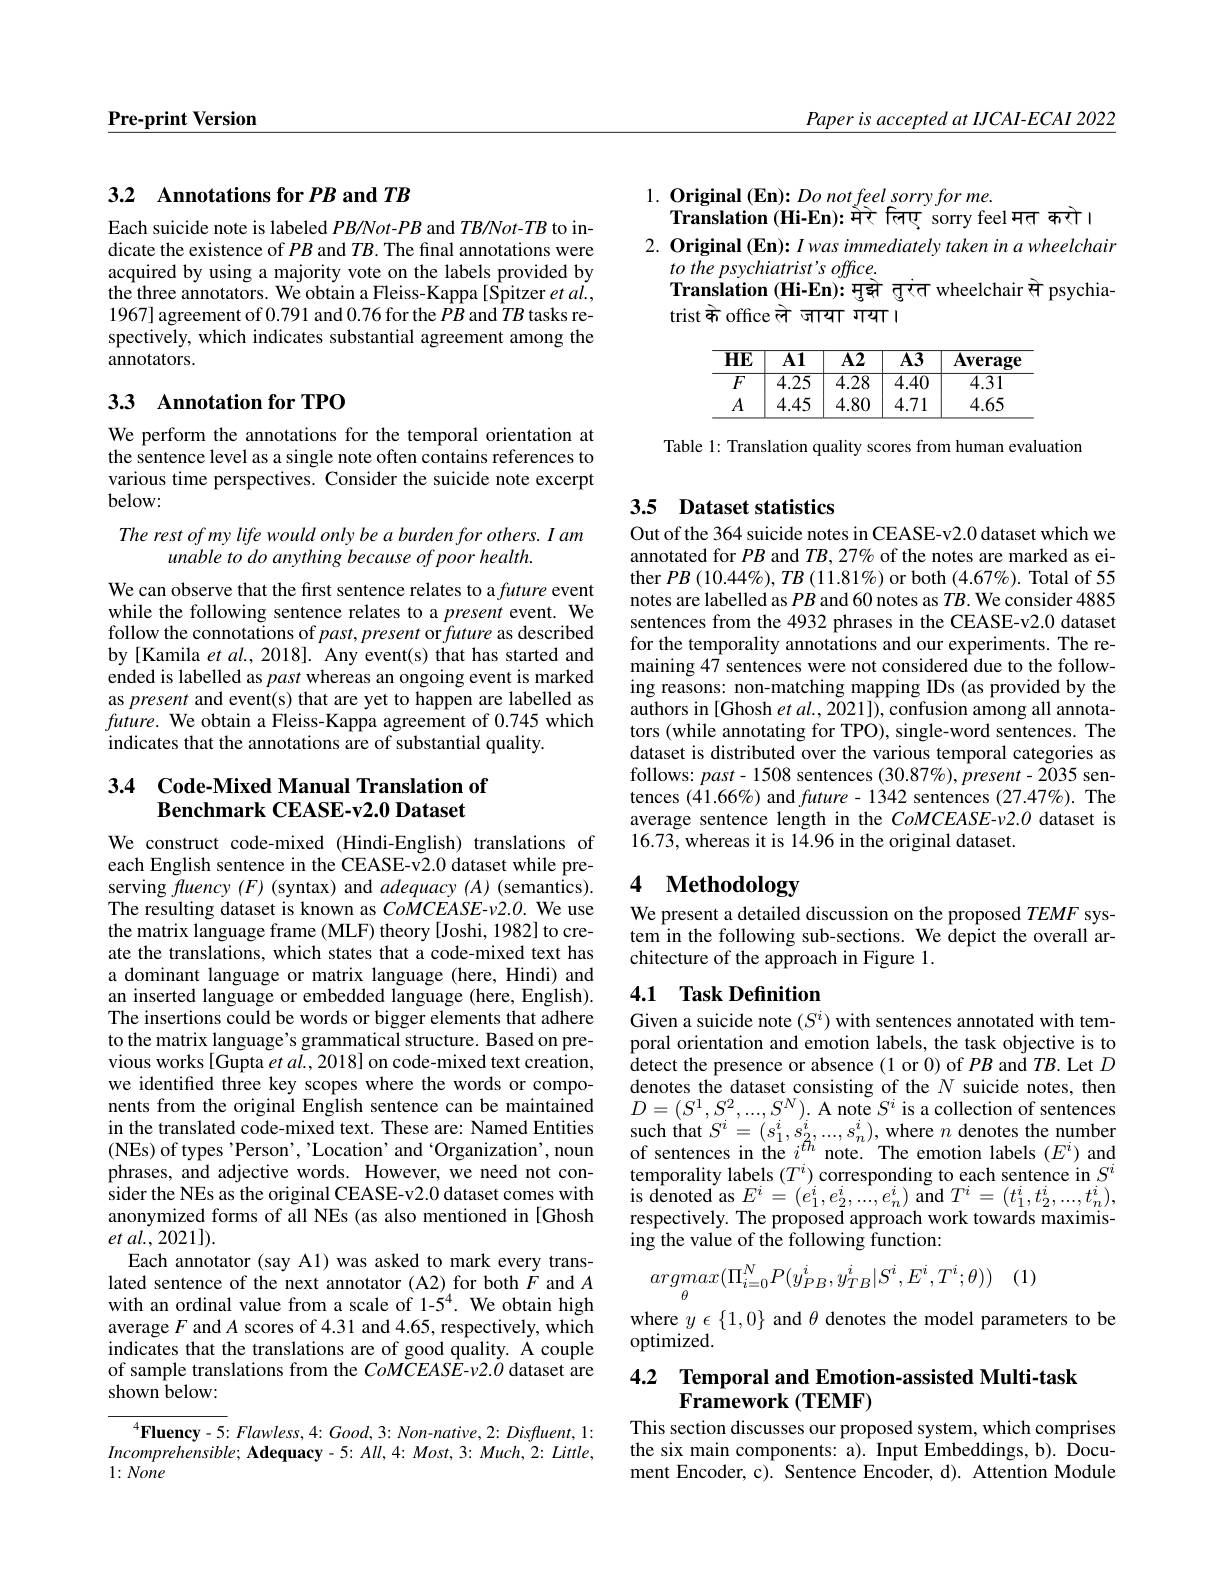
Paper is accepted at IJCAI-ECAI 2022

$\underline{\textbf{Pre-print Version}}$

## 3.2 Annotations for PB and $TB$

Each suicide note is labeled $PB/Not-PB$ and $TB/Not-TB$ to indicate the existence of $PB$ and $TB.$ The final annotations were acquired by using a majority vote on the labels provided by 1967] agreement of 0.791 and 0.76 for the $PB$ and $TB$ tasks respectively, which indicates substantial agreement among the annotators.

## 33 Annotation for TPO

We perform the annotations for the temporal orientation at the sentence level as a single note often contains references to various time perspectives. Consider the suicide note excerpt below:
The rest of my life would only be a burden for others. I am
unable to do anything because of poor health.

We can observe that the first sentence relates to a future event while the following sentence relates to a present event. We follow the connotations of $past,present$ or future as described by [Kamila et al., 2018]. Any event(s) that has started and ended is labelled as past whereas an ongoing event is marked as present and event(s) that are yet to happen are labelled as $future.$ We obtain a Fleiss-Kappa agreement of 0.745 which indicates that the annotations are of substantial quality.

## 3.4 Code-Mixed Manual Translation of Benchmark CEASE-v2.0 Dataset

We construct code-mixed (Hindi-English) translations of each English sentence in the CEASE-v2.0 dataset while preserving $f$uency $(F)$ (syntax) and adequacy $(A)$ (semantics). The resulting dataset is known as $CoMCEASE-\nu2.O.$ We use the matrix language frame (MLF) theory [Joshi, 1982] to create the translations, which states that a code-mixed text has a dominant language or matrix language (here, Hindi) and an inserted language or embedded language (here, English). The insertions could be words or bigger elements that adhere to the matrix language's grammatical structure. Based on previous works[Gupta $et\textit{al. , 2018}$] on code-mixed text creation, we identifed three key scopes where the words or components from the original English sentence can be maintained in the translated code-mixed text. These are: Named Entities ( NEs) of types$ ^{\prime }$Perso$n^{\prime }$, $ ^{\prime }$Locatio$n^{\prime }$and ` Organizatio$n^{\prime }$, noun phrases, and adjective words. However, we need not consider the NEs as the original CEASE-v2.0 dataset comes with anonymized forms of all NEs (as also mentioned in[Ghosh et al., 2021]).
Each annotator (say Al) was asked to mark every translated sentence of the next annotator (A2) for both $F$ and $A$ with an ordinal value from a scale of 1-$\acute{5}^4.$ We obtain high average $F$ and $A$ scores of 4.31 and 4.65, respectively, which indicates that the translations are of good quality. A couple of sample translations from the CoMCEASE-v2.0 dataset are shown below:

$^{4}\textbf{Fluency- 5: Flawless, 4: Good, 3: Non- native, 2: Disfluent, 1: }$ $Incomprehensible; \textbf{ Adequacy- 5: All, 4: Most, 3: Much, 2: Little, }$ $1:None$

$1. \textbf{ Original }( \mathbf{En}) {: }Do\textit{not feel sorry for me}.$
Translation (Hi-En): मेरे तिनए sorry feel मत करो।
2. Original (En): I was immediately taken in a wheelchair
to the psychiatrist's office.
Translation (Hi-En): मुझे तुरंत wheelchair से psychia-
trist के office ले जाया गंया ा

$\textbf{HE}$ $\textbf{A1}$ A2 A3 $\textbf{Average}$
$\begin{array}{c|c|c|c}\hline F&4.25&4.28&4.40\\\hline\end{array}$
$\overline{4.31}$ 4.65
$\begin{array}{c|c|c|c}A&4.45&4.80&4.71\\\hline\end{array}$

Table 1: Translation quality scores from human evaluatiom

## 3.5 Dataset statistics

Out of the 364 suicide notes in CEASE-v2.0 dataset which we annotated for $PB$ and $TB,27\%$ of the notes are marked as either $PB\left(10.44\%\right),TB\left(11.81\%\right)$or both $(4.67\%).$ Total of 55 notes are labelled as $PB$ and 60 notes as $TB.$ We consider 4885 sentences from the 4932 phrases in the CEASE-v2.0 dataset for the temporality annotations and our experiments. The remaining 47 sentences were not considered due to the following reasons: non-matching mapping IDs (as provided by the authors in [Ghosh et al., 2021]), confusion among all annotators (while annotating for TPO), single-word sentences. The dataset is distributed over the various temporal categories as follows: $past-1508$ sentences $(30.87\%),present-2035$ sentences (41.66%) and future- 1342 sentences (27.47%). The average sentence length in the CoMCEASE-v2.0 dataset is 16.73,whereas it is 14.96 in the original dataset.

## 4 $\textbf{Methodology}$

We present a detailed discussion on the proposed $TEMF$ system in the following sub-sections. We depict the overall architecture of the approach in Figure 1.

### 4.1 Task Definition

Given a suicide note $(S^i)$ with sentences annotated with temporal orientation and emotion labels, the task objective is to detect the presence or absence(1 or 0) of $PB$ and $TB.$ Let $D$ denotes the dataset consisting of the $N$ suicide notes, then $D=(S^{1},S^{2},...,S^{N}).$ A note $S^i$ is a collection of sentences $\begin{array}{l}{\mathrm{such~that~}S^{i}=(s_{1}^{i},s_{2}^{i},...,s_{n}^{i}),\mathrm{where~}n\mathrm{~denotes~the~number}}\\{\mathrm{of~sentences~in~the~}i^{th}\mathrm{~note.~The~emotion~labels~}(E^{i})\mathrm{~and}}\end{array}$ temporality labels $(T^i)$ corresponding to each sentence in $S^i$ is denoted as $E^{i}= \left ( e_{1}^{i}, e_{2}^{i}, . . . , e_{n}^{i}\right )$and $T^{i}= ( t_{1}^{i}, t_{2}^{i}, . . . , t_{n}^{i}) $, respectively. The proposed approach work towards maximising the value of the following function:

(1)
$$argmax(\Pi_{i=0}^NP(y_{PB}^i,y_{TB}^i|S^i,E^i,T^i;\theta))$$
where $y\epsilon\{1,0\}$ and $\theta$ denotes the model parameters to be
optimized.

# 4.2 Temporal and Emotion-assisted Multi-task $\bar{\textbf{Framework(TEMF)}}$

This section discusses our proposed system, which comprises the six main components: a). Input Embeddings, b). Document Encoder, c). Sentence Encoder, d). Attention Module